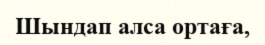
Шындап алса ортаға,